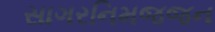
સાગરનિમજજન